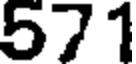
571